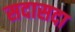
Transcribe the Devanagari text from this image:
सदासदा